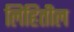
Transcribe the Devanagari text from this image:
लिहितील